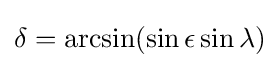
\delta =\arcsin(\sin \epsilon \sin \lambda )